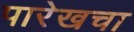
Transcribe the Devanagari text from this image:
पारेखचा